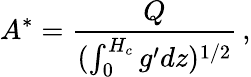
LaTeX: A^{*}=\frac{Q}{(\int_{0}^{H_{c}}g^{\prime}dz)^{1/2}}\, ,